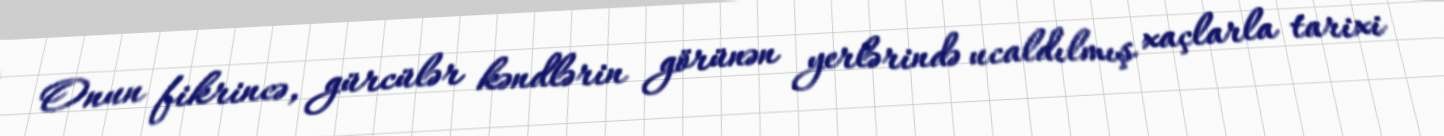
Onun fikrincə, gürcülər kəndlərin görünən yerlərində ucaldılmış xaçlarla tarixi